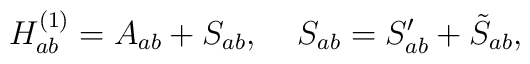
H^{(1)}_{ab}=A_{ab}+S_{ab}, \;\;\;\; S_{ab}=S'_{ab}+\tilde{S}_{ab},